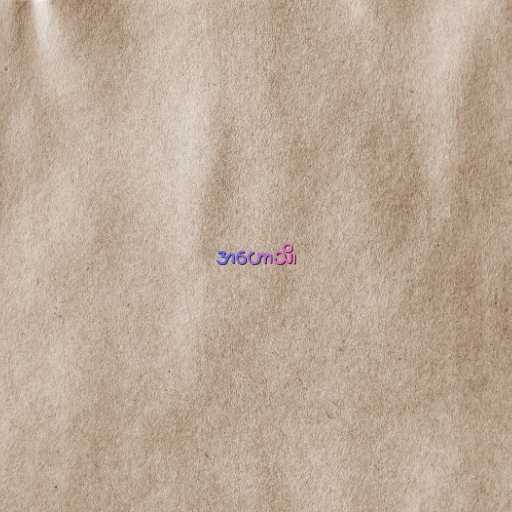
အဟောသိ၊